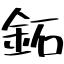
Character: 鉐